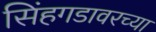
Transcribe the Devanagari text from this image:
सिंहगडावरच्या